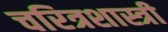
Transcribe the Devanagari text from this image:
चरित्रशास्त्री